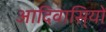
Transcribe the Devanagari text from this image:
आदिवासि्यों